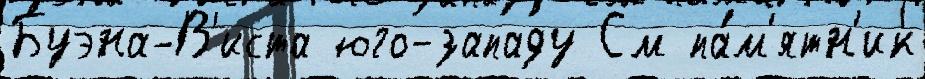
Буэна-В'иста юго-западу См па́м'ятн'ик